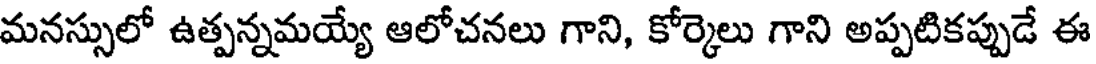
మనస్సులో ఉత్పన్నమయ్యే ఆలోచనలు గాని, కోర్కెలు గాని అప్పటికప్పుడే ఈ